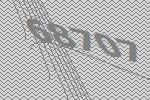
68707